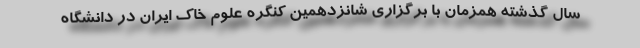
سال گذشته همزمان با برگزاری شانزدهمین کنگره علوم خاک ایران در دانشگاه